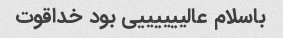
باسلام عالییییییی بود خداقوت